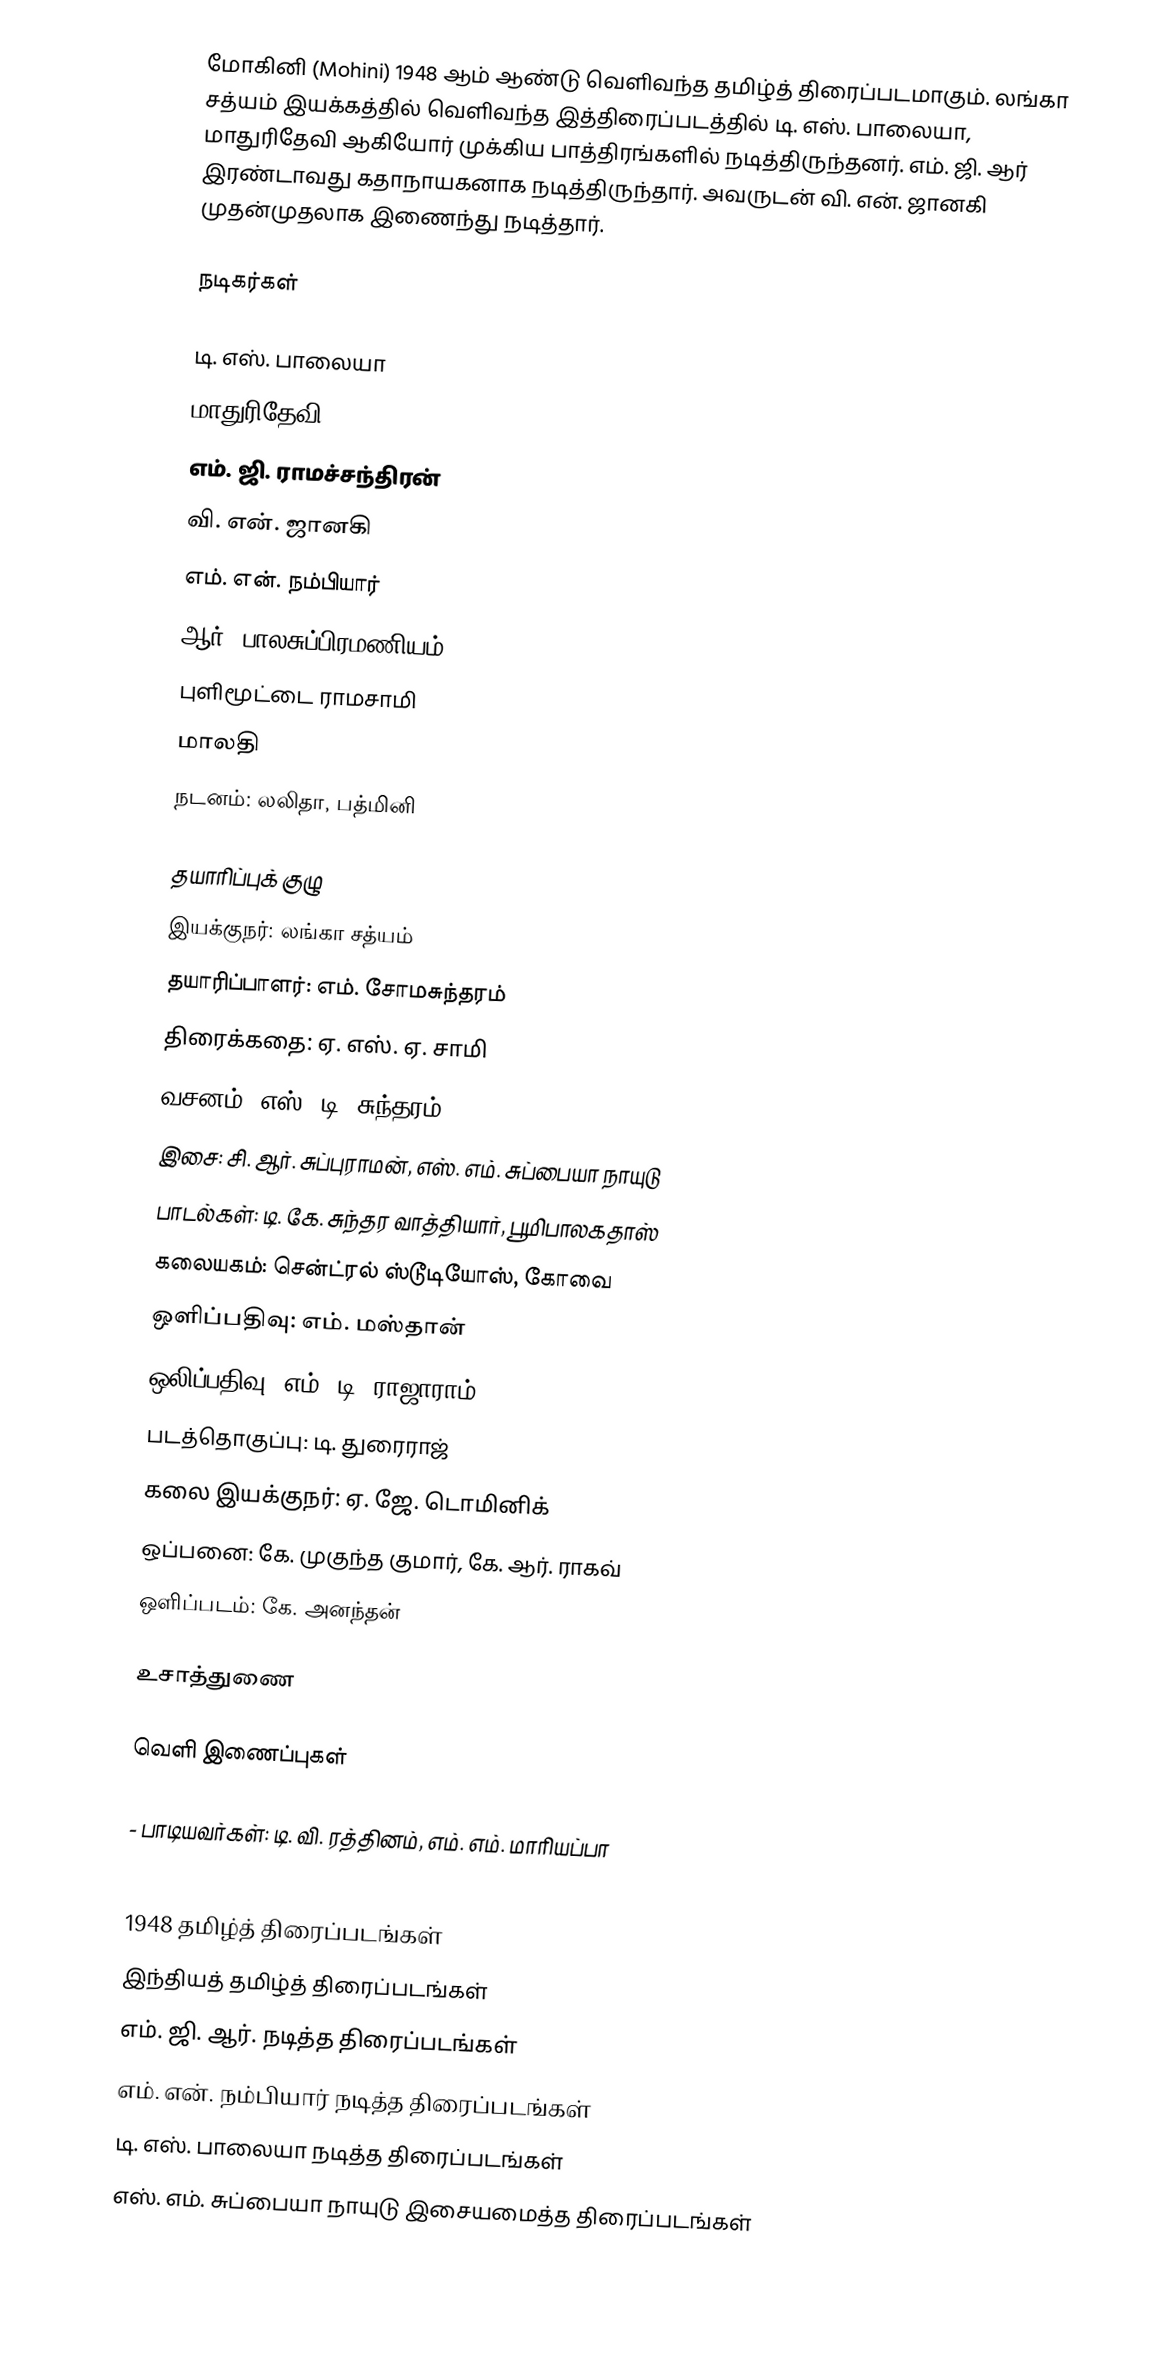
மோகினி (Mohini) 1948 ஆம் ஆண்டு வெளிவந்த தமிழ்த் திரைப்படமாகும். லங்கா சத்யம் இயக்கத்தில் வெளிவந்த இத்திரைப்படத்தில் டி. எஸ். பாலையா, மாதுரிதேவி ஆகியோர் முக்கிய பாத்திரங்களில் நடித்திருந்தனர். எம். ஜி. ஆர் இரண்டாவது கதாநாயகனாக நடித்திருந்தார். அவருடன் வி. என். ஜானகி முதன்முதலாக இணைந்து நடித்தார்.

நடிகர்கள்

 டி. எஸ். பாலையா
 மாதுரிதேவி
 எம். ஜி. ராமச்சந்திரன்
 வி. என். ஜானகி
 எம். என். நம்பியார்
 ஆர். பாலசுப்பிரமணியம்
 புளிமூட்டை ராமசாமி
 மாலதி
 நடனம்: லலிதா, பத்மினி

தயாரிப்புக் குழு
 இயக்குநர்: லங்கா சத்யம்
 தயாரிப்பாளர்: எம். சோமசுந்தரம்
 திரைக்கதை: ஏ. எஸ். ஏ. சாமி
 வசனம்: எஸ். டி. சுந்தரம்
 இசை: சி. ஆர். சுப்புராமன், எஸ். எம். சுப்பையா நாயுடு
 பாடல்கள்: டி. கே. சுந்தர வாத்தியார், பூமிபாலகதாஸ்
 கலையகம்: சென்ட்ரல் ஸ்டூடியோஸ், கோவை
 ஒளிப்பதிவு: எம். மஸ்தான்
 ஒலிப்பதிவு: எம். டி. ராஜாராம்
 படத்தொகுப்பு: டி. துரைராஜ்
 கலை இயக்குநர்: ஏ. ஜே. டொமினிக்
 ஒப்பனை: கே. முகுந்த குமார், கே. ஆர். ராகவ்
 ஒளிப்படம்: கே. அனந்தன்

உசாத்துணை

வெளி இணைப்புகள்

  - பாடியவர்கள்: டி. வி. ரத்தினம், எம். எம். மாரியப்பா

1948 தமிழ்த் திரைப்படங்கள்
இந்தியத் தமிழ்த் திரைப்படங்கள்
எம். ஜி. ஆர். நடித்த திரைப்படங்கள்
எம். என். நம்பியார் நடித்த திரைப்படங்கள்
டி. எஸ். பாலையா நடித்த திரைப்படங்கள்
எஸ். எம். சுப்பையா நாயுடு இசையமைத்த திரைப்படங்கள்